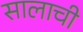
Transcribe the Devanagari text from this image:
सालाची